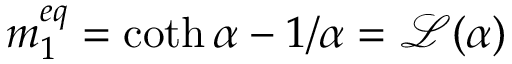
m _ { 1 } ^ { e q } = \coth { \alpha } - 1 / \alpha = \mathcal L ( \alpha )